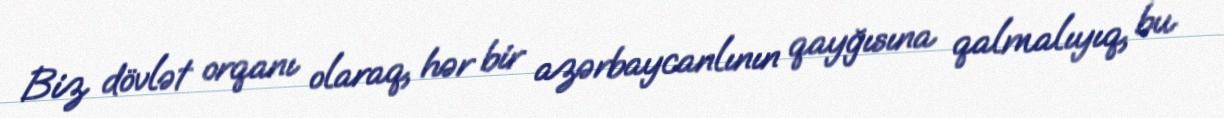
Biz dövlət orqanı olaraq, hər bir azərbaycanlının qayğısına qalmalıyıq, bu